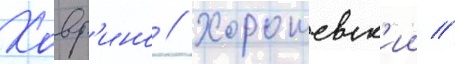
Ховр'ино // Хорошевск'ии //